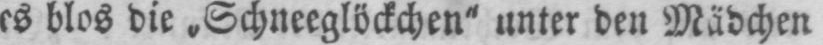
es blos die „Schneeglöckchen“ unter den Mädchen